Senior Leaving Certificate Examination (including Day School Certificate (Higher) General paper), 1947
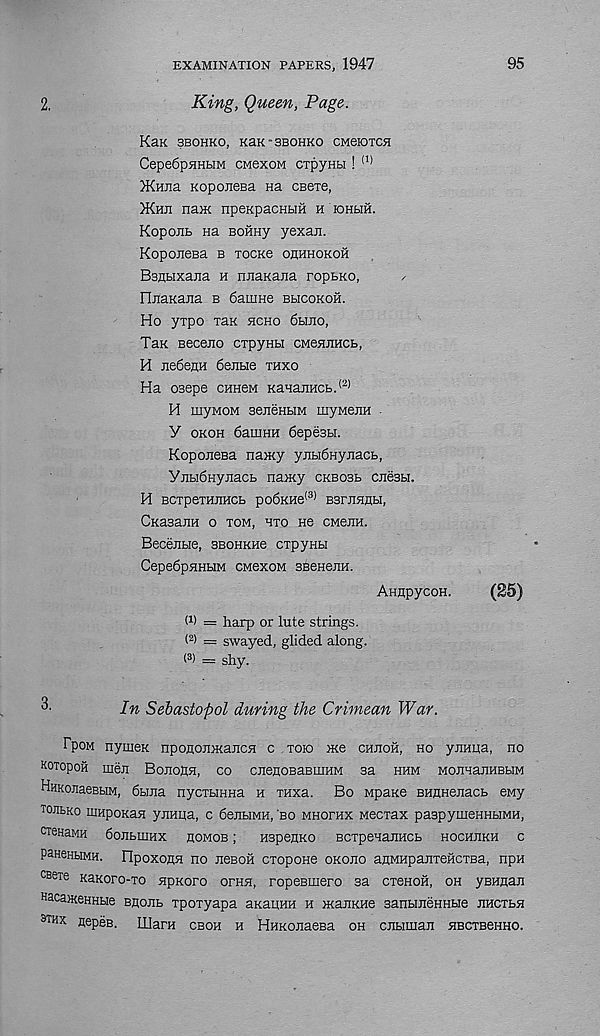
95
EXAMINATION PAPERS, 1947
2.
King, Queen, Page.
Kax 3BOHKO, KEK "3B0HK0 CMeKDTCH
Cepe6pHHbIM CM6XOM CTpyHbl ! (1)
)KHEa KopoEeBa na cBeie,
}Khji naiK npeKpacHbifi h KiHfaifi.
KopoEb Ha Bonny yexan.
Koponesa b tockc ohhhokoh
Bsflbixana h niiaKana ropbKo,
/
FIJiaKana b 6auiHe bbicokoh.
Ho yrpo Tax hcho 6heo,
Tan Beceno cxpyHH CMennHCb,
H ne6em 6ejibie thxo
Ha osepe chhom KaHajiHCb. (2)
H myMOM senenbiM myMeEH
Y okoh 6aiiiHH fiepesbi.
KoponeBa namy yEbiSnyEacb,
ynbi6nynach namy ckbosb cnesu.
H BCTpeTHJIHCb po6KHe (3) BSrEHflbl,
CnasajiH o tom, hto ho cmoeh.
BeceEbie, SBOHKHe cxpyHbi
Cepe6pHHbiM cmoxom BBeaenH.
AHnpycoH.
(S5)
m = harp or lute strings.
( 2 ) = swayed, glided along.
( 3 ) = shy.
In Sebastopol during the Crimean War.
FpoM nymeK nponoroKaECH c xoio me cheoh, ho yEHua, no
KOTOpOH meE BoEOhH, CO CEeEOBaBUIHM 3a HUM MOEHaEHBbIM
HHKOEaeBbiM, SbiEa nycxbiHHa h thxu. Bo Mpaxe BHUHenacb eMy
TOEbKO EIHpoKaH yEHIia, C 6eEbIMH, 'BO MHOTHX MBCTaX paSpymeHHHMH,
CTenaMH doEbmHx eomob ;
HspenKo BcxpenaEKCb hochekh c
paneHbiMH. ripoxona no e6boh cxopone okoeo aflMHpaExeHCTBa, npH
csexe KaKoro-xo npKoro oxhe, ropeBinero sa cxenoH, oh yBHflan
HacameHHbie bhoeb xpoxyapa aKaiiHH h maEKHe sanbmeHHHe ehcthh
bthx nepeB. IllarH cboh h HHKOEaeBa oh cnbimaE EBCTBeHHO.